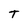
Character: T